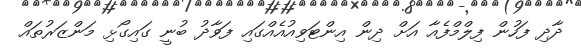
ދާދި ފަހުން ފިލްމްފެއާ އަށް ދިން އިންޓަވިއުއެއްގައި ފަވާދު ބުނީ ގައިގޯޅި މަންޒަރުތައް